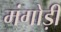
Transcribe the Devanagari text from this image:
मंगोड़ी